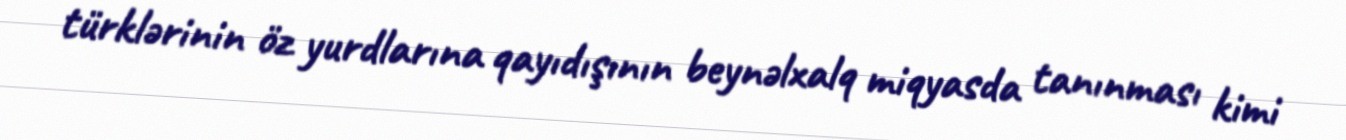
türklərinin öz yurdlarına qayıdışının beynəlxalq miqyasda tanınması kimi